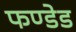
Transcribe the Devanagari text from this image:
फण्डेड